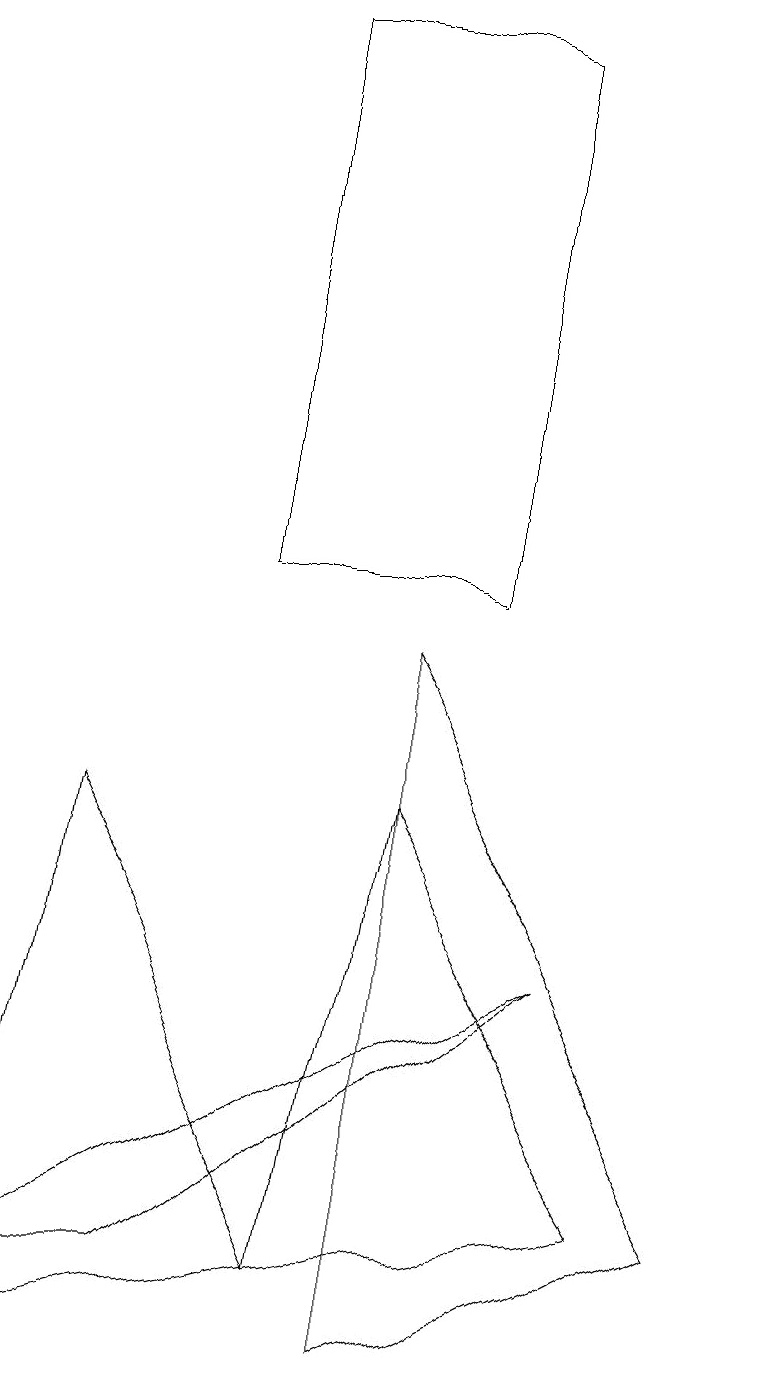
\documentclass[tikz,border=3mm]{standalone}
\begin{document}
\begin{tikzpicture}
\draw (3,10) rectangle (6,17);
\draw (7,5) -- (0,1) -- (2,1) -- cycle;
\draw (4,1) -- (8,2) -- (5,7) -- cycle;
\draw (0,0) -- (1,7) -- (4,1) -- cycle;
\draw (5,0) -- (5,9) -- (9,2) -- cycle;
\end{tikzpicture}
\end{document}